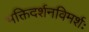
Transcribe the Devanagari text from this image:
भक्तिदर्शनविमर्शः